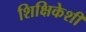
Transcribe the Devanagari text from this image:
शिक्षिकेशी